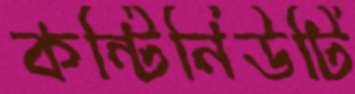
কন্টিনিউটি